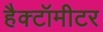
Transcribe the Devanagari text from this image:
हैक्टॉमीटर